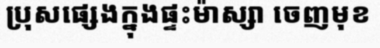
ប្រុសផ្សេងក្នុងផ្ទះម៉ាស្សា ចេញមុខ